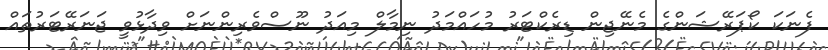
ފެނަކަ ކޯޕަރޭޝަންގެ މެނޭޖިން ޑިރެކްޓަރު މުހައްމަދު ނިމާލް މިއަދު ނޫސްވެރިންނަށް ވިދާޅުވީ ޖަނަރޭޓަރުތައް